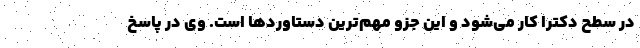
در سطح دکترا کار می‌شود و این جزو مهم‌ترین دستاوردها است. وی در پاسخ